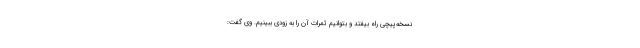
نسخه‌پیچی راه بیفتد و بتوانیم ثمرات آن را به زودی ببینیم. وی گفت: